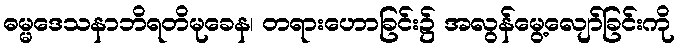
ဓမ္မဒေသနာဘိရတိမုခေန၊ တရားဟောခြင်း၌ အလွန်မွေ့လျော်ခြင်းကို